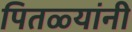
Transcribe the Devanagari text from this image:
पितळ्यांनी